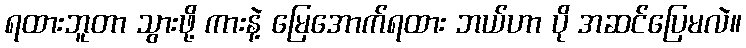
ရထားဘူတာ သွားဖို့ ကားနဲ့ မြေအောက်ရထား ဘယ်ဟာ ပို အဆင်ပြေမလဲ။